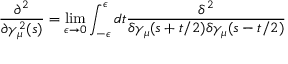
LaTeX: \frac { \partial ^ { 2 } } { \partial \gamma _ { \mu } ^ { 2 } ( s ) } = \operatorname * { l i m } _ { \epsilon \rightarrow 0 } \int _ { - \epsilon } ^ { \epsilon } d t \frac { \delta ^ { 2 } } { \delta \gamma _ { \mu } ( s + t / 2 ) \delta \gamma _ { \mu } ( s - t / 2 ) }